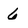
Character: 6